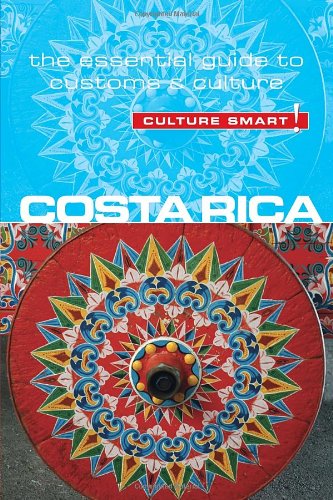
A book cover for Costa Rica - Culture Smart!: The Essential Guide to Customs & Culture; Jane Koutnik; Reference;